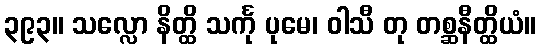
၃၉၃။ သလ္လော နိတ္ထိ သင်္ကု ပုမေ၊ ဝါသီ တု တစ္ဆနီတ္ထိယံ။